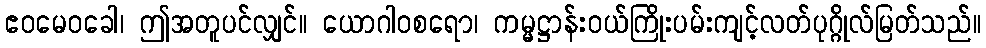
ဧဝမေဝခေါ၊ ဤအတူပင်လျှင်။ ယောဂါဝစရော၊ ကမ္မဋ္ဌာန်းဝယ်ကြိုးပမ်းကျင့်လတ်ပုဂ္ဂိုလ်မြတ်သည်။